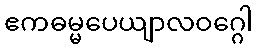
ဧကဓမ္မပေယျာလဝဂ္ဂေါ